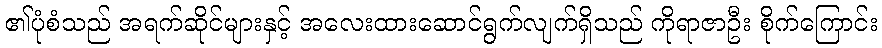
၏ပုံစံသည် အရက်ဆိုင်များနှင့် အလေးထားဆောင်ရွက်လျက်ရှိသည် ကိုရာဇာဦး စိုက်ကြောင်း